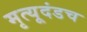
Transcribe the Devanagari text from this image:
मृत्यूदंडच